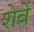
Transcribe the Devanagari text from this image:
शेवें